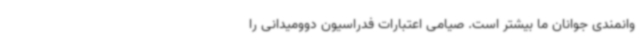
وانمندی جوانان ما بیشتر است. صیامی اعتبارات فدراسیون دوومیدانی را